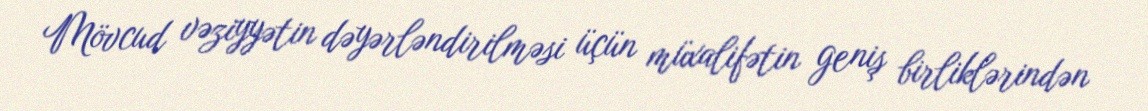
Mövcud vəziyyətin dəyərləndirilməsi üçün müxalifətin geniş birliklərindən